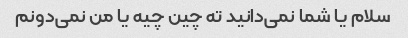
سلام یا شما نمی‌دانید ته چین چیه یا من نمی‌دونم